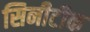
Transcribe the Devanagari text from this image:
सिनीटीक